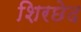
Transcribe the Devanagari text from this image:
शिरछेद